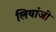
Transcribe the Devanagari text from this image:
लियांजी